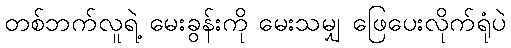
တစ်ဘက်လူရဲ့ မေးခွန်းကို မေးသမျှ ဖြေပေးလိုက်ရုံပဲ